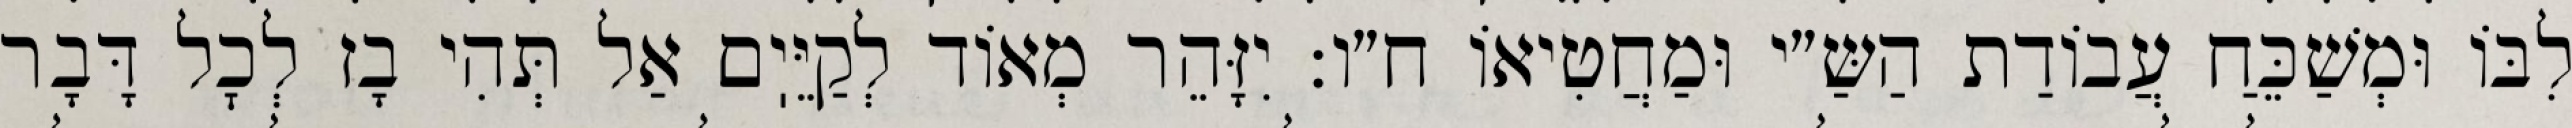
לִבּוֹ וּמְשַׁכֵּחַ עֲבוֹדַת הַשַּ״י וּמַחֲטִיאוֹ ח״ו: יִזָּהֵר מְאוֹד לְקַיֵּיֽם אַל תְּהִי בָז לְכׇל דָּבָר